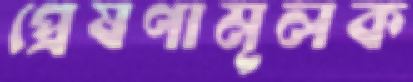
প্রেষণামূলক